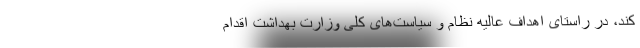
کند، در راستای اهداف عالیه نظام و سیاست‌های کلی وزارت بهداشت اقدام